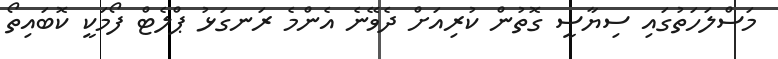
މަސްލަހަތުގައި ސިޔާސީ ގޮތުން ކުރިއަށް ދެވޭނެ އެންމެ ރަނގަޅު ޕްލެޓް ފޯމަކީ ކޮބައިތޯ